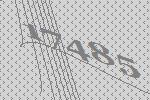
17485